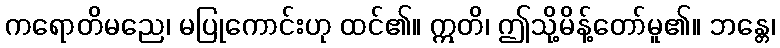
ကရောတိမညေ၊ မပြုကောင်းဟု ထင်၏။ ဣတိ၊ ဤသို့မိန့်တော်မူ၏။ ဘန္တေ၊